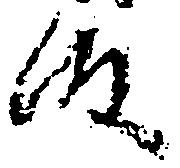
段